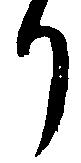
り